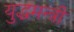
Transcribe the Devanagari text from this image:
युद्धमन्त्री